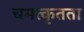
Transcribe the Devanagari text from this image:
चमत्कृतता